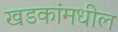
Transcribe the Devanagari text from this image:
खडकांमधील